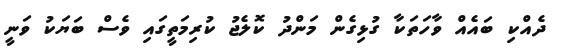
ދެއްކި ބައެއް ވާހަތަކާ ގުޅިގެން މަންދު ކޮލެޖު ކުރިމަތީގައި ވެސް ބަޔަކު ވަނީ